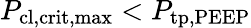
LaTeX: P_{\mathrm{cl,crit,max}}<P_{\mathrm{tp,PEEP}}